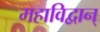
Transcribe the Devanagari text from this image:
महाविद्वान्